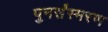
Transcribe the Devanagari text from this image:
पुनर्संस्मरण